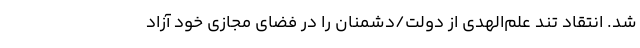
شد. انتقاد تند علم‌الهدی از دولت/دشمنان را در فضای مجازی خود آزاد